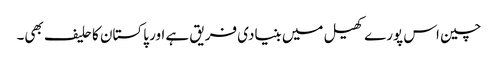
چین اس پورے کھیل میں بنیادی فریق ہے اور پاکستان کا حلیف بھی۔